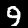
Label: 9